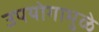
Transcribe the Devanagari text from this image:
उपयोगामुळे